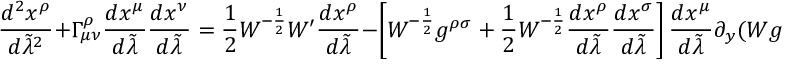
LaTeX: { \frac { d ^ { 2 } x ^ { \rho } } { d \tilde { \lambda } ^ { 2 } } } + \Gamma _ { \mu \nu } ^ { \rho } { \frac { d x ^ { \mu } } { d \tilde { \lambda } } } { \frac { d x ^ { \nu } } { d \tilde { \lambda } } } = { \frac { 1 } { 2 } } { \cal W } ^ { - { \frac { 1 } { 2 } } } { \cal W } ^ { \prime } { \frac { d x ^ { \rho } } { d \tilde { \lambda } } } - \left[ { \cal W } ^ { - { \frac { 1 } { 2 } } } g ^ { \rho \sigma } + { \frac { 1 } { 2 } } { \cal W } ^ { - { \frac { 1 } { 2 } } } { \frac { d x ^ { \rho } } { d \tilde { \lambda } } } { \frac { d x ^ { \sigma } } { d \tilde { \lambda } } } \right] { \frac { d x ^ { \mu } } { d \tilde { \lambda } } } \partial _ { y } ( { \cal W } g _ { \rho \mu } ) .